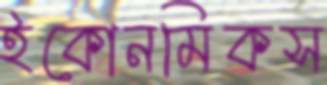
ইকোনমিকস